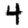
Digit: 4